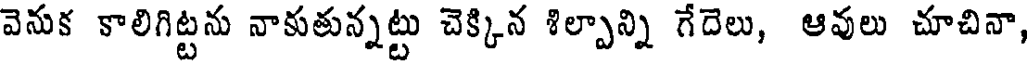
వెనుక కాలిగిట్టను నాకుతున్నట్టు చెక్కిన శిల్పాన్ని గేదెలు, ఆవులు చూచినా,